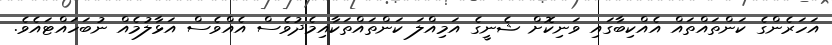
އަހަރެންގެ ކަންތައްތައް އެއްކިބާގައި ވަނިކޮށް ޝެނީގެ އަމިއްލަ ކަންތައްތަކާއިމެދުވެސް އެއްވެސް އަޅާލުމެއް ނުބަހައްޓައެވެ.